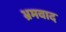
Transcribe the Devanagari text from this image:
भ्रमवाद